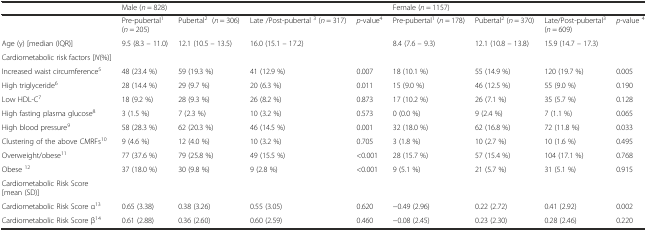
<table><thead><tr><td></td><td colspan="4"><b>Male (<i>n</i> = 828)</b></td><td colspan="4"><b>Female (<i>n</i> = 1157)</b></td></tr></thead><tbody><tr><td></td><td>Pre-pubertal<sup>1</sup> (<i>n</i> = 205)</td><td>Pubertal<sup>2</sup> (<i>n</i> = 306)</td><td>Late /Post-pubertal <sup>3</sup> (<i>n</i> = 317)</td><td><i>p</i>-value<sup>4</sup></td><td>Pre-pubertal<sup>1</sup> (<i>n</i> = 178)</td><td>Pubertal<sup>2</sup> (<i>n</i> = 370)</td><td>Late/Post-pubertal<sup>3</sup> (<i>n</i> = 609)</td><td><i>p</i>-value <sup>4</sup></td></tr><tr><td>Age (y) [median (IQR)]</td><td>9.5 (8.3 – 11.0)</td><td>12.1 (10.5 – 13.5)</td><td>16.0 (15.1 – 17.2)</td><td></td><td>8.4 (7.6 – 9.3)</td><td>12.1 (10.8 – 13.8)</td><td>15.9 (14.7 – 17.3)</td><td></td></tr><tr><td>Cardiometabolic risk factors [<i>N</i>(%)]</td><td></td><td></td><td></td><td></td><td></td><td></td><td></td><td></td></tr><tr><td>Increased waist circumference<sup>5</sup></td><td>48 (23.4 %)</td><td>59 (19.3 %)</td><td>41 (12.9 %)</td><td>0.007</td><td>18 (10.1 %)</td><td>55 (14.9 %)</td><td>120 (19.7 %)</td><td>0.005</td></tr><tr><td>High triglyceride<sup>6</sup></td><td>28 (14.4 %)</td><td>29 (9.7 %)</td><td>20 (6.3 %)</td><td>0.011</td><td>15 (9.0 %)</td><td>46 (12.5 %)</td><td>55 (9.0 %)</td><td>0.190</td></tr><tr><td>Low HDL-C<sup>7</sup></td><td>18 (9.2 %)</td><td>28 (9.3 %)</td><td>26 (8.2 %)</td><td>0.873</td><td>17 (10.2 %)</td><td>26 (7.1 %)</td><td>35 (5.7 %)</td><td>0.128</td></tr><tr><td>High fasting plasma glucose<sup>8</sup></td><td>3 (1.5 %)</td><td>7 (2.3 %)</td><td>10 (3.2 %)</td><td>0.573</td><td>0 (0.0 %)</td><td>9 (2.4 %)</td><td>7 (1.1 %)</td><td>0.065</td></tr><tr><td>High blood pressure<sup>9</sup></td><td>58 (28.3 %)</td><td>62 (20.3 %)</td><td>46 (14.5 %)</td><td>0.001</td><td>32 (18.0 %)</td><td>62 (16.8 %)</td><td>72 (11.8 %)</td><td>0.033</td></tr><tr><td>Clustering of the above CMRFs<sup>10</sup></td><td>9 (4.6 %)</td><td>12 (4.0 %)</td><td>10 (3.2 %)</td><td>0.705</td><td>3 (1.8 %)</td><td>10 (2.7 %)</td><td>10 (1.6 %)</td><td>0.495</td></tr><tr><td>Overweight/obese<sup>11</sup></td><td>77 (37.6 %)</td><td>79 (25.8 %)</td><td>49 (15.5 %)</td><td>&lt;0.001</td><td>28 (15.7 %)</td><td>57 (15.4 %)</td><td>104 (17.1 %)</td><td>0.768</td></tr><tr><td>Obese <sup>12</sup></td><td>37 (18.0 %)</td><td>30 (9.8 %)</td><td>9 (2.8 %)</td><td>&lt;0.001</td><td>9 (5.1 %)</td><td>21 (5.7 %)</td><td>31 (5.1 %)</td><td>0.915</td></tr><tr><td>Cardiometabolic Risk Score [mean (SD)]</td><td></td><td></td><td></td><td></td><td></td><td></td><td></td><td></td></tr><tr><td>Cardiometabolic Risk Score α<sup>13</sup></td><td>0.65 (3.38)</td><td>0.38 (3.26)</td><td>0.55 (3.05)</td><td>0.620</td><td>−0.49 (2.96)</td><td>0.22 (2.72)</td><td>0.41 (2.92)</td><td>0.002</td></tr><tr><td>Cardiometabolic Risk Score β<sup>14</sup></td><td>0.61 (2.88)</td><td>0.36 (2.60)</td><td>0.60 (2.59)</td><td>0.460</td><td>−0.08 (2.45)</td><td>0.23 (2.30)</td><td>0.28 (2.46)</td><td>0.220</td></tr></tbody></table>